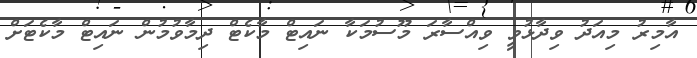
އާމިރު މިއަދު ވިދާޅުވީ ވިއްސާރަ މޫސުމަކާ ނައިޓް މާކެޓް ދިމާވުމުން ނައިޓް މާކެޓަށް